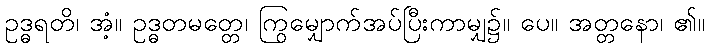
ဥဒ္ဓရတိ၊ အံ့။ ဥဒ္ဓတမတ္တေ၊ ကြွမျှောက်အပ်ပြီးကာမျှ၌။ ပေ။ အတ္တနော၊ ၏။